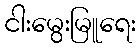
ငါးမွေးမြူရေး